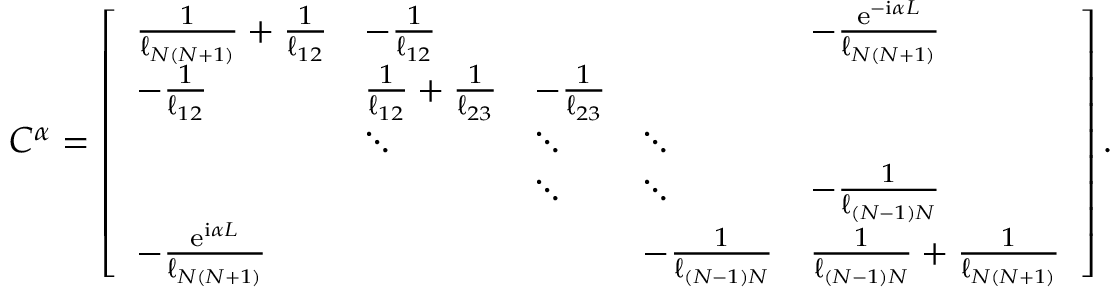
\begin{array} { r } { C ^ { \alpha } = \left[ \begin{array} { l l l l l } { \frac { 1 } { \ell _ { N ( N + 1 ) } } + \frac { 1 } { \ell _ { 1 2 } } } & { - \frac { 1 } { \ell _ { 1 2 } } } & & & { - \frac { \mathrm { e } ^ { - \mathrm { i } \alpha L } } { \ell _ { N ( N + 1 ) } } } \\ { - \frac { 1 } { \ell _ { 1 2 } } } & { \frac { 1 } { \ell _ { 1 2 } } + \frac { 1 } { \ell _ { 2 3 } } } & { - \frac { 1 } { \ell _ { 2 3 } } } & & \\ & { \ddots } & { \ddots } & { \ddots } & \\ & & { \ddots } & { \ddots } & { - \frac { 1 } { \ell _ { { ( N - 1 ) N } } } } \\ { - \frac { \mathrm { e } ^ { \mathrm { i } \alpha L } } { \ell _ { N ( N + 1 ) } } } & & & { - \frac { 1 } { \ell _ { ( N - 1 ) N } } } & { \frac { 1 } { \ell _ { ( N - 1 ) N } } + \frac { 1 } { \ell _ { N ( N + 1 ) } } } \end{array} \right] . } \end{array}